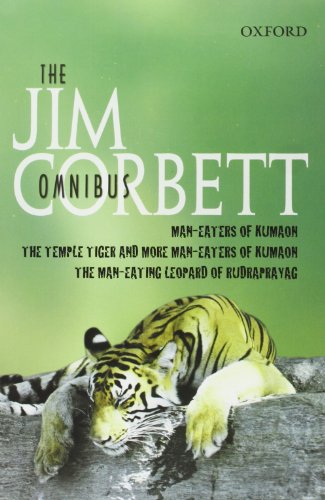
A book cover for The Jim Corbett Omnibus: "Man-eaters of Kumaon", "Man-eating Leopard of Rudraprayag" and "Temple Tiger and More Man-eaters of Kumaon"; Jim Corbett; Sports & Outdoors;